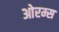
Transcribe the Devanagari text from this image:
ओरम्स